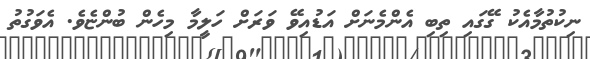
ނިކުތުމާއެކު ގޭގައި ތިބި އެންމެނަށް އަޑުއިވޭ ވަރަށް ހަލީމާ މިހެން ބުންޏެވެ. އެވަގުތު